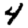
Digit: 4